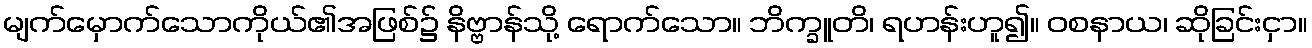
မျက်မှောက်သောကိုယ်၏အဖြစ်၌ နိဗ္ဗာန်သို့ ရောက်သော။ ဘိက္ခူတိ၊ ရဟန်းဟူ၍။ ဝစနာယ၊ ဆိုခြင်းငှာ။